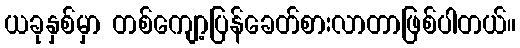
ယခုနှစ်မှာ တစ်ကျော့ပြန်ခေတ်စားလာတာဖြစ်ပါတယ်။